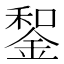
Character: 𨨑